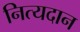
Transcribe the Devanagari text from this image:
नित्यदान